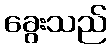
ခွေးသည်